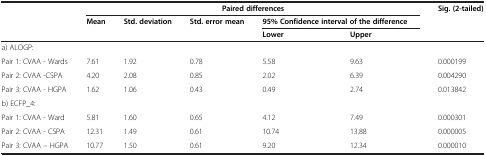
<table><thead><tr><td rowspan="2"><b> </b></td><td colspan="5"><b>Paired differences</b></td><td><b>Sig. (2-tailed)</b></td></tr><tr><td><b>Mean</b></td><td><b>Std. deviation</b></td><td><b>Std. error mean</b></td><td colspan="2"><b>95% Confidence interval of the difference</b></td><td><b> </b></td></tr><tr><td><b> </b></td><td><b> </b></td><td><b> </b></td><td><b> </b></td><td><b>Lower</b></td><td><b>Upper</b></td><td><b> </b></td></tr></thead><tbody><tr><td>a) ALOGP:</td><td> </td><td> </td><td> </td><td> </td><td> </td><td> </td></tr><tr><td>Pair 1: CVAA - Wards</td><td>7.61</td><td>1.92</td><td>0.78</td><td>5.58</td><td>9.63</td><td>0.000199</td></tr><tr><td>Pair 2: CVAA -CSPA</td><td>4.20</td><td>2.08</td><td>0.85</td><td>2.02</td><td>6.39</td><td>0.004290</td></tr><tr><td>Pair 3: CVAA - HGPA</td><td>1.62</td><td>1.06</td><td>0.43</td><td>0.49</td><td>2.74</td><td>0.013842</td></tr><tr><td>b) ECFP_4:</td><td> </td><td> </td><td> </td><td> </td><td> </td><td> </td></tr><tr><td>Pair 1: CVAA - Ward</td><td>5.81</td><td>1.60</td><td>0.65</td><td>4.12</td><td>7.49</td><td>0.000301</td></tr><tr><td>Pair 2: CVAA - CSPA</td><td>12.31</td><td>1.49</td><td>0.61</td><td>10.74</td><td>13.88</td><td>0.000005</td></tr><tr><td>Pair 3: CVAA – HGPA</td><td>10.77</td><td>1.50</td><td>0.61</td><td>9.20</td><td>12.34</td><td>0.000010</td></tr></tbody></table>